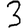
Digit: 3